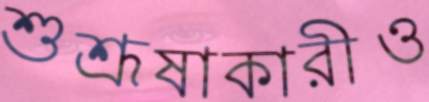
শুশ্রূষাকারীও